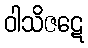
ဝါသိဇဋေ